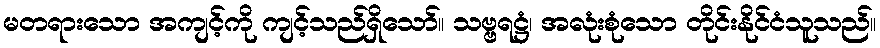
မတရားသော အကျင့်ကို ကျင့်သည်ရှိသော်။ သဗ္ဗရဋ္ဌံ၊ အလုံးစုံသော တိုင်းနိုင်ငံသူသည်။